Tartu_pedagoogiumi_aruanded, lk 21
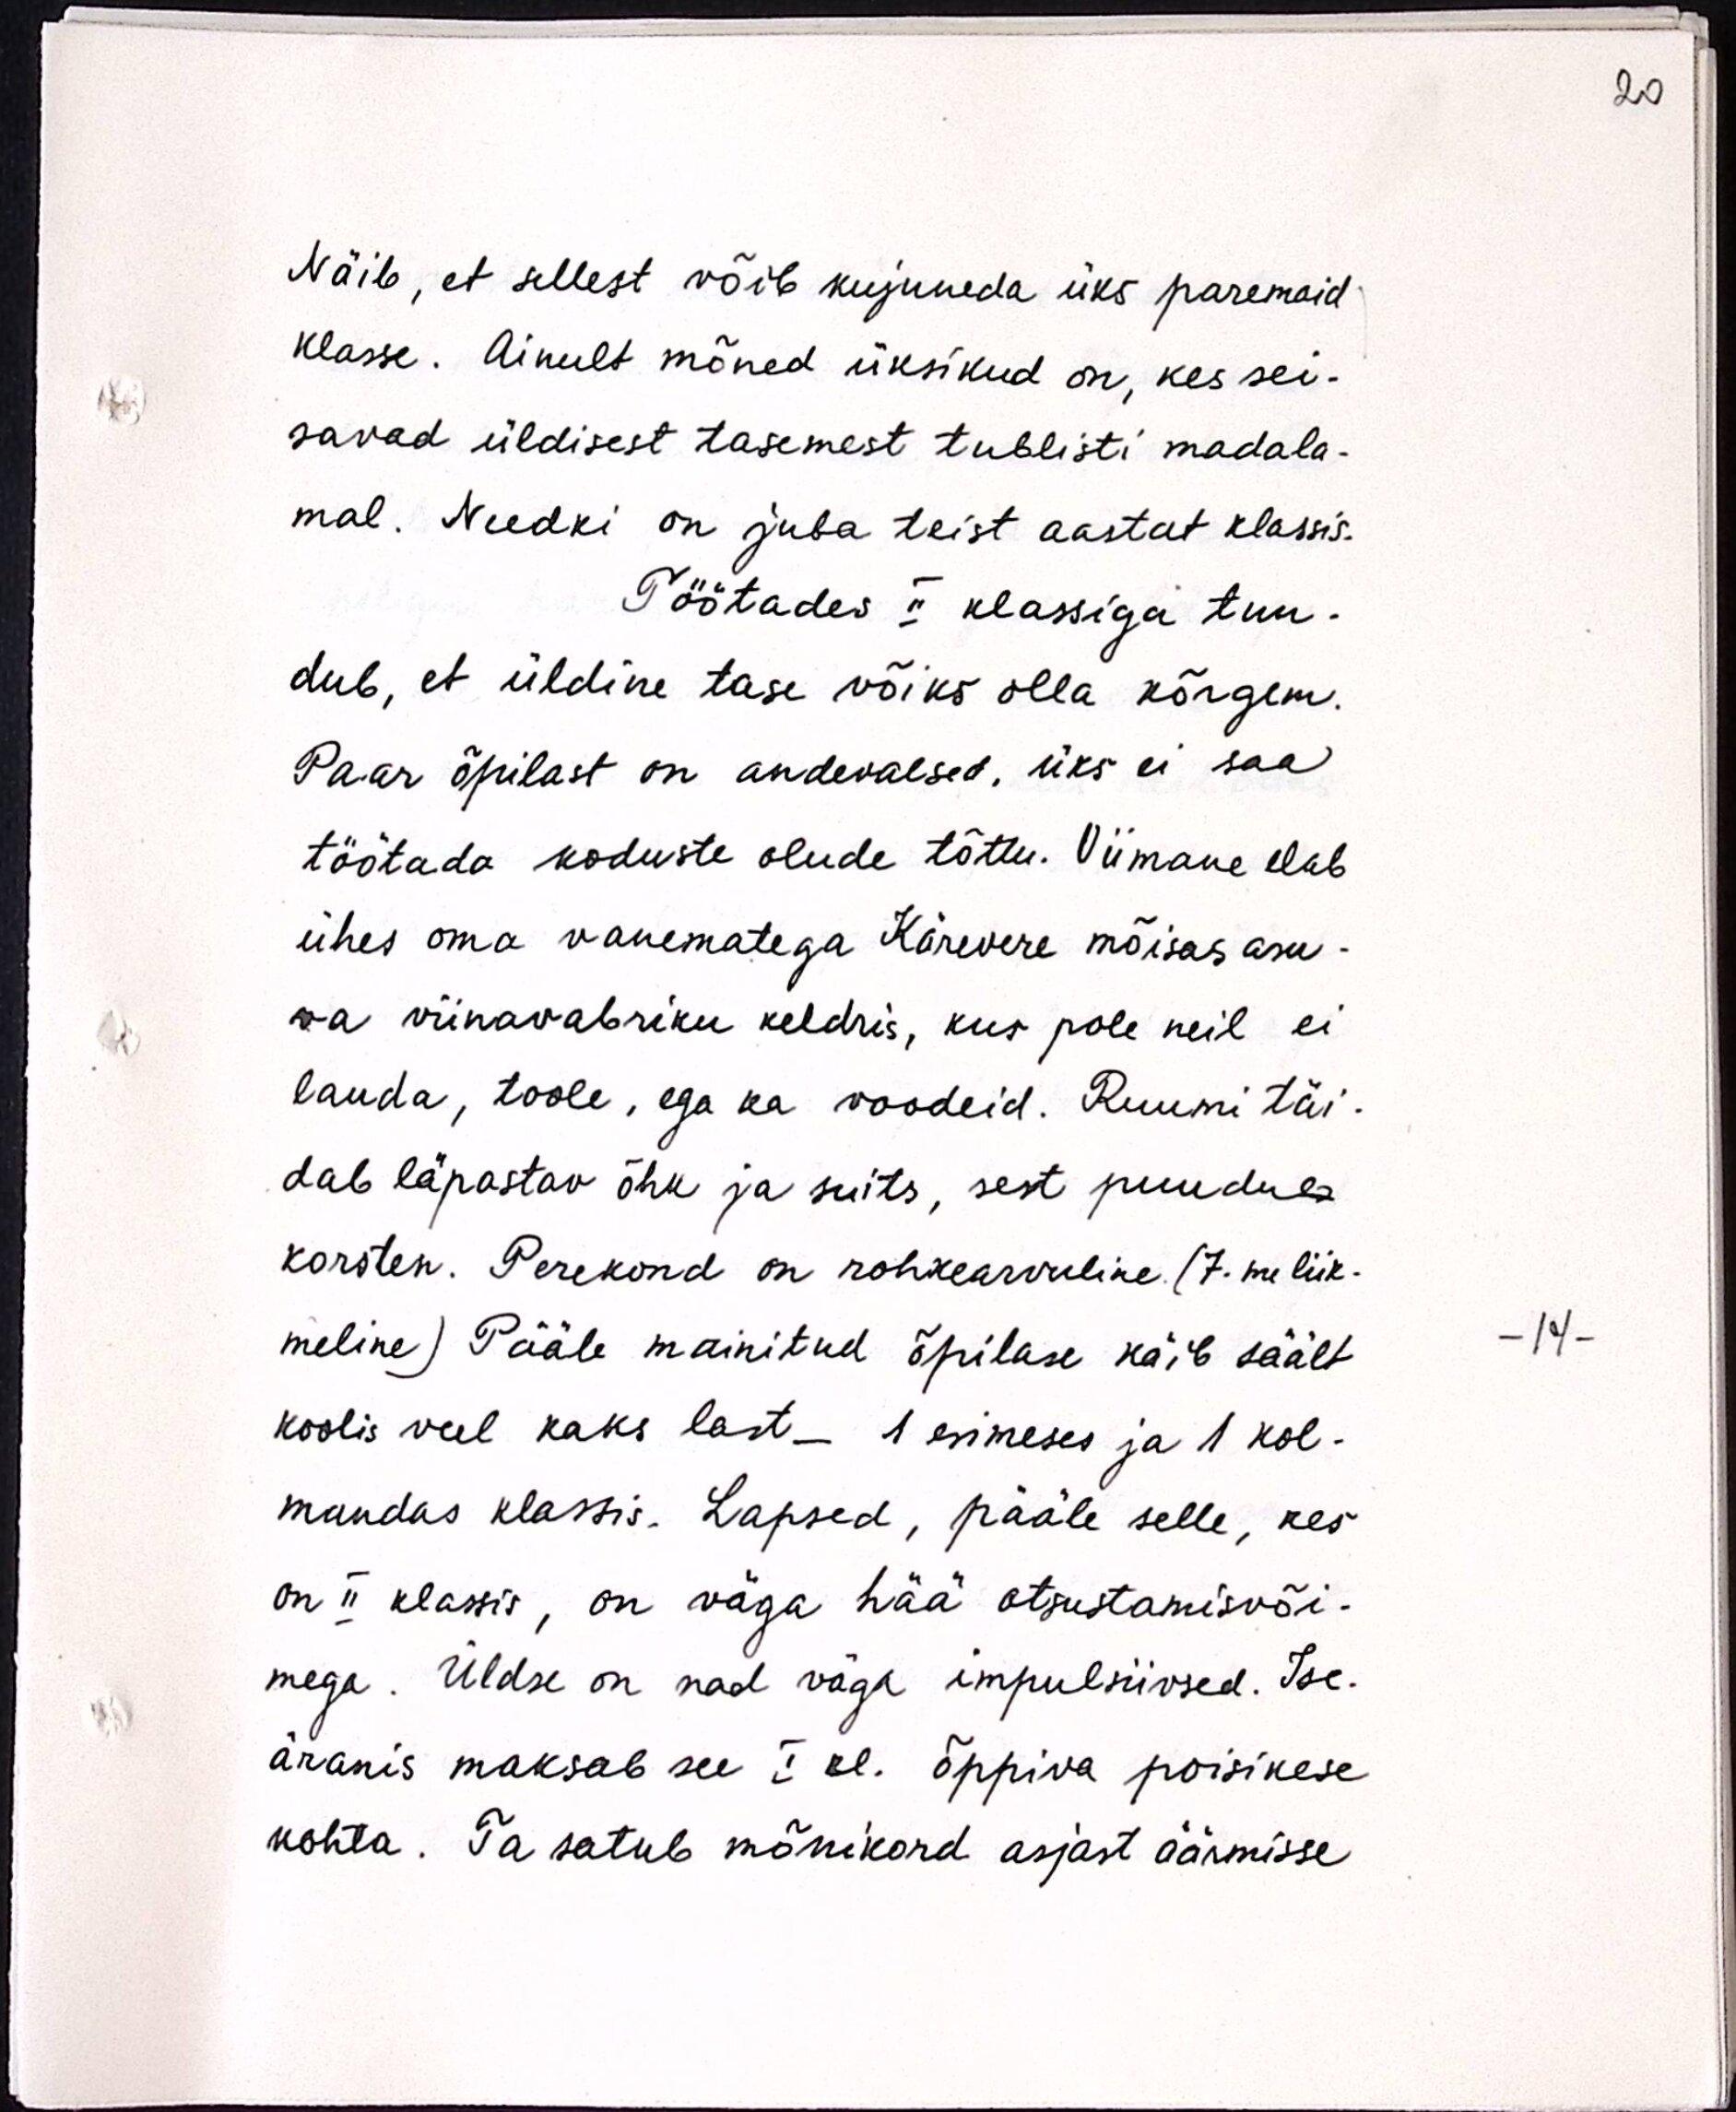
Näib, et sellest võib kujuneda üks paremaid
klasse. Ainult mõned üksikud on, kes sei-
savad üldisest tasemest tublisti madala-
mal. Needki on juba teist aastat klassis.
Töötades II klassiga tun-
dub, et üldine tase võiks olla kõrgem.
Paar õpilast on andevaesed, üks ei saa
töötada koduste olude tõttu. Viimane elab
ühes oma vanematega Kärevere mõisas asu-
va viinavabriku keldris, kus pole neil ei
lauda, toole, ega ka voodeid. Ruumi täi-
dab läpastav õhk ja suits, sest puudub
korsten. Perekond on rohkearvuline (7. me liik-
meline) Pääle mainitud õpilase käib säält
koolis veel kaks last - 1 esimeses ja 1 kol-
mandas klassis. Lapsed, pääle selle, kes
on II klassis, on väga hää otsustamisvõi-
mega. Üldse on nad väga ilmpulsiivsed. Ise-
äranis maksab see I kl. õppiva poisikese
kohta. Ta satub mõnikord asjast äärmisse